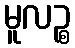
မူလဉ္စ